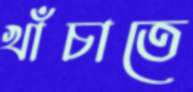
খাঁচাতে